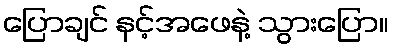
ပြောချင် နင့်အဖေနဲ့ သွားပြော။